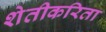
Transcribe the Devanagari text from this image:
शेतीकरिता